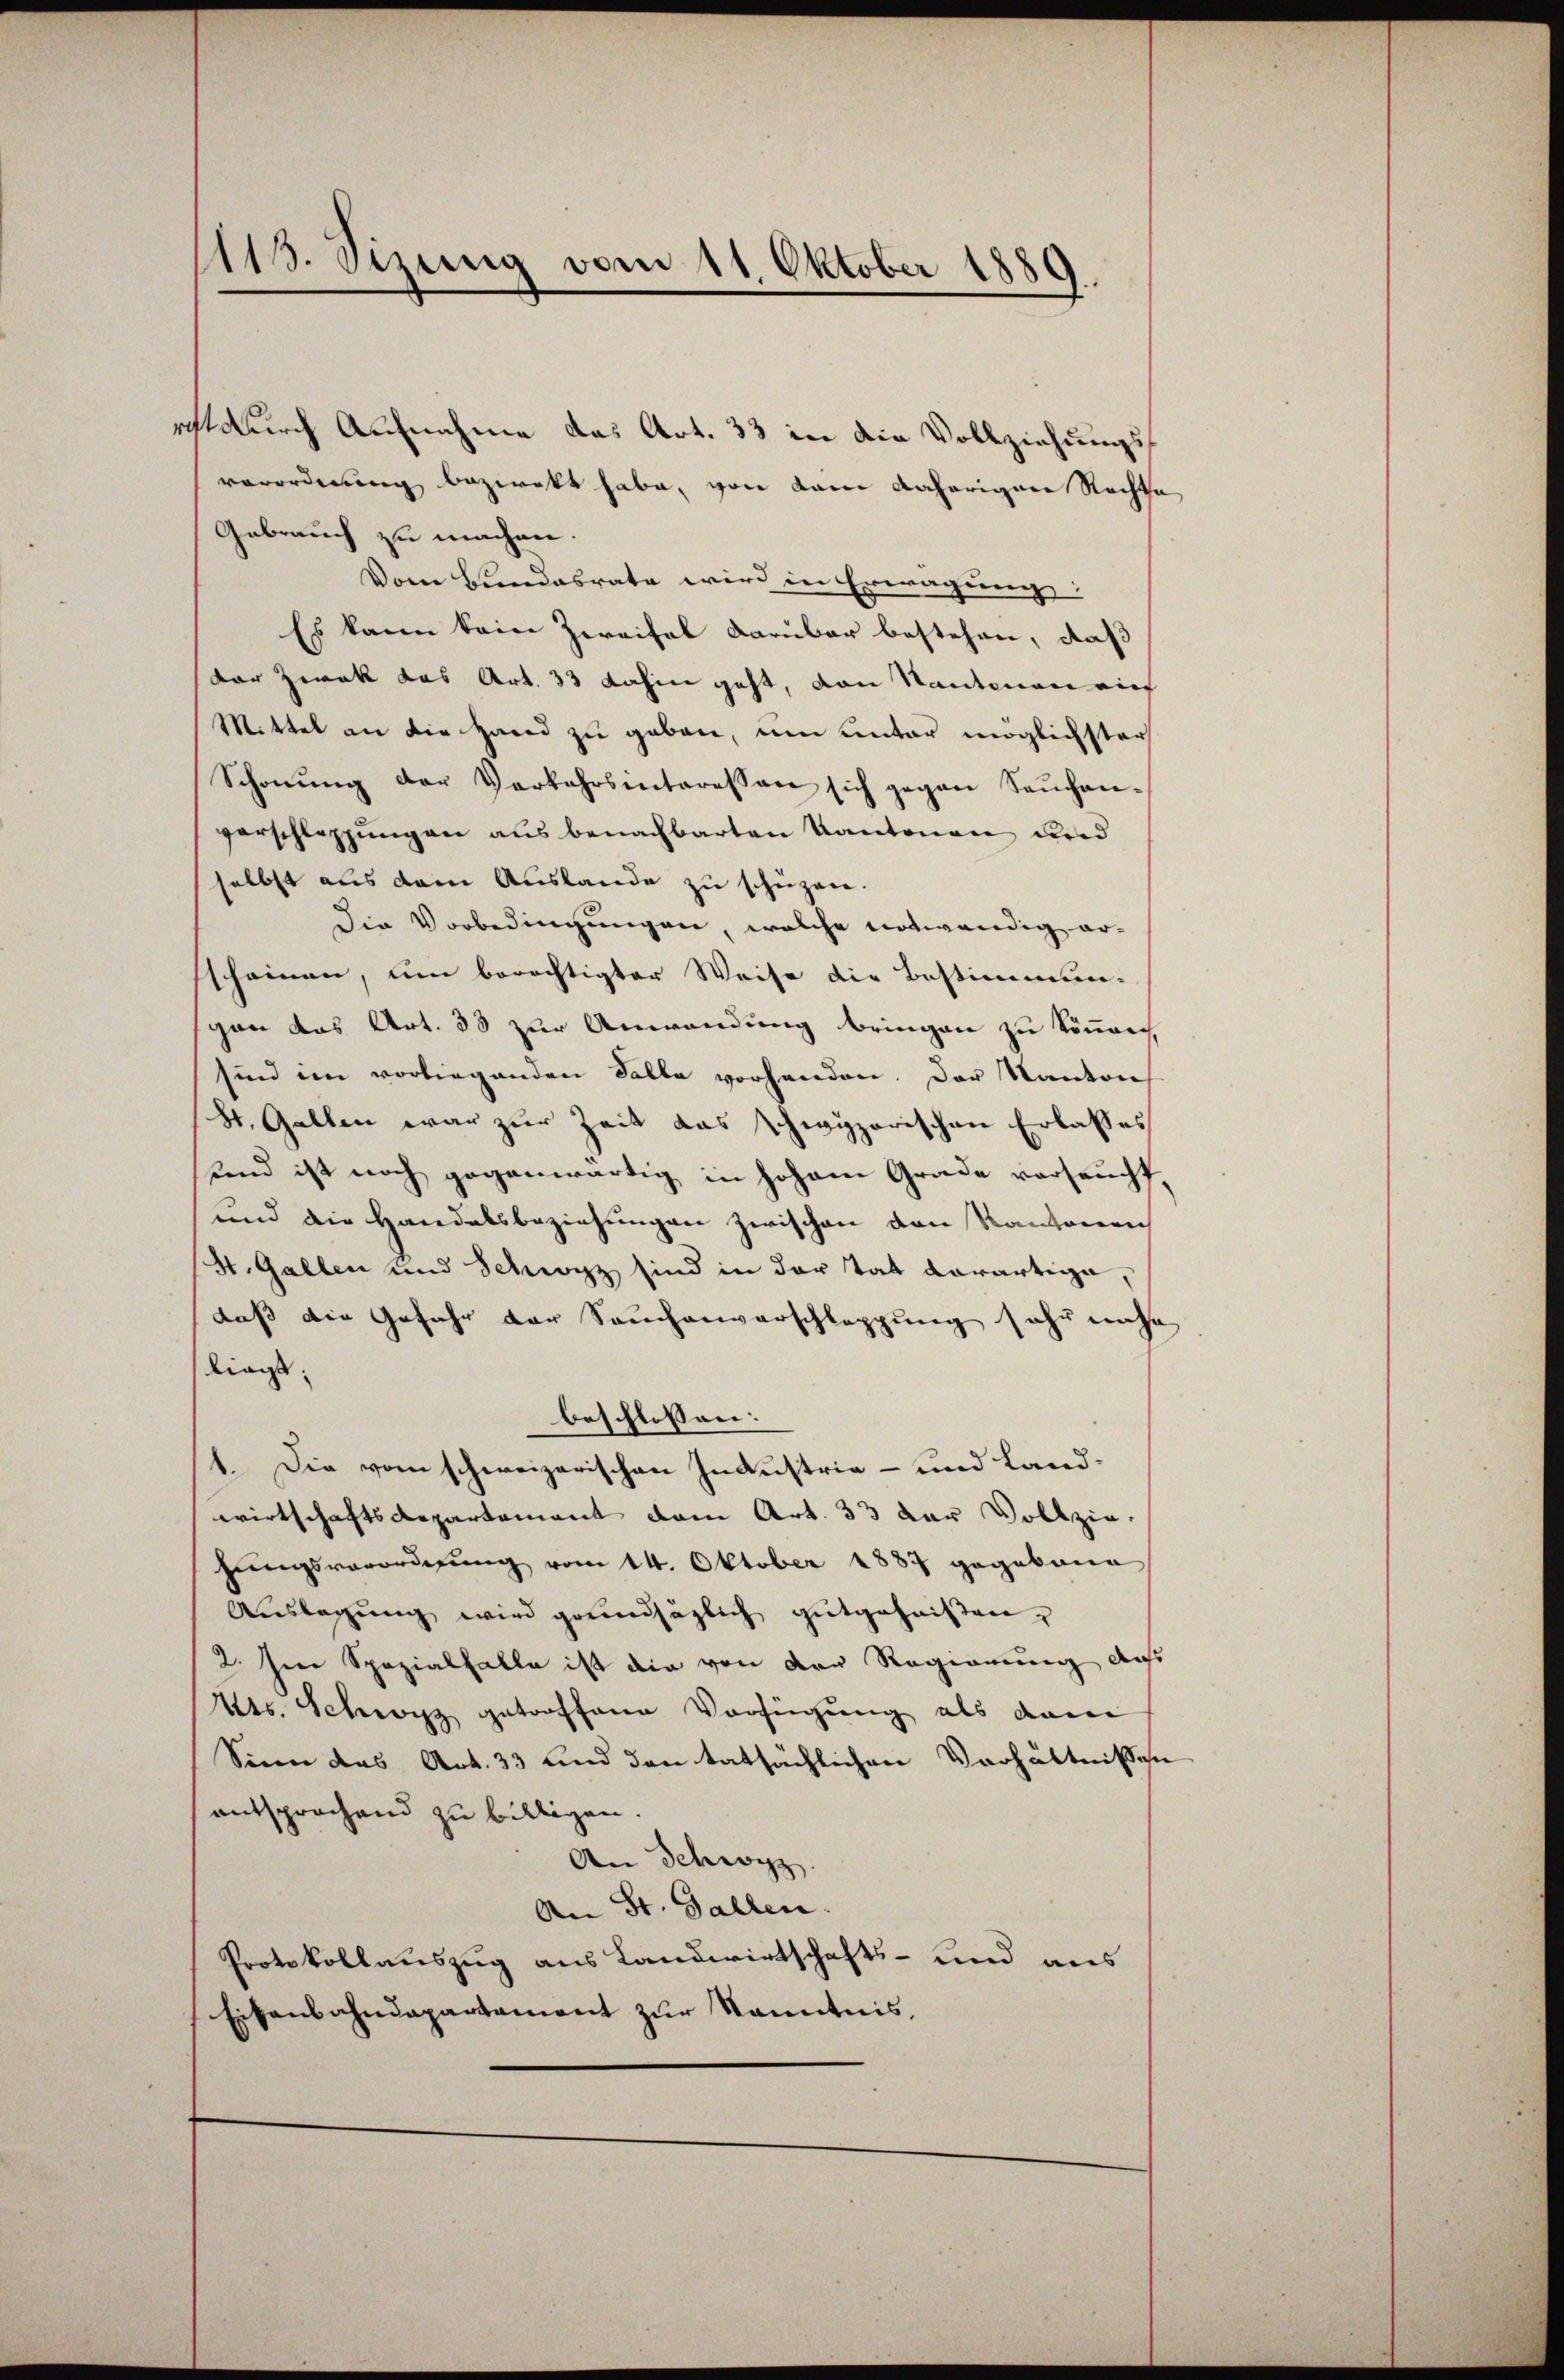
113. Sizung vom 11. Oktober 1889.

rcht durch Aufnahme das Art. 33 in die Vollziehungsverordnung bezwekt habe, von kam daherigere Rechte
Gebrauch zu machen.
Vom Bundesrate wird in Erwägung:
Es kann kein Zweifel darüber bestehen, daß
der Zwek das Art. 33 dahin geht, von Kantonen auf
Mittel an die Hand zu geben, um unter möglichster
Schonung der Verkehrsinteressen sich gegen Saŭchan-
verschlassungen aus benachbarten Kantonen und
selbst aus dem Auslande zu schüzen.
Die Vorbedingungen, welche notwendig erscheinen, um berechtigter Weise die Bestimmun-
gan das Art. 33 zur Anwendung bringen zu können,
sind im vorliegenden Salle vorhanden. Der Kanton
St. Gallen war zur Zeit das schwyzerischen Erlasses
und ist noch gegenwärtig in hohem Grade verseucht,
und die Handelsbeziehungen zwischen den Kantonen
St. Gallen und Schwyz sind in der Tat derartige,
daß die Gefahr der Sauchenvorschleppung sehr nahe
liegt.
beschlossen:
1. Die vom schweizerischen Industrie- und Landwirtschaftsdepartement dem Art. 33 der Vollzie
hungsverordnung vom 14. Oktober 1887 gegebene
Auslegung wird grundsäglich gutgeheißen
2 Irre Spezialfalle ist die von der Regierung aufs
Uts. Schwyz getroffene Verfügung als dann
Sinn das Art. 33 und den tatsächlichen Verhältnissen
entsprochend zu billigen.
An Schwyz.
An St. Gallen.
Protokollauszug aus Landwirtschafts- und aus
Eisenbahndepartement zur Kenntnis,